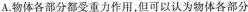
A.物体各部分都受重力作用，但可以认为物体各部分